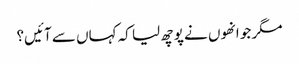
مگر جو انھوں نے پوچھ لیا کہ کہاں سے آئیں؟